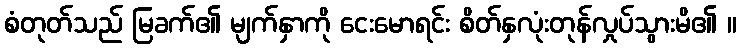
စံတုတ်သည် မြခက်၏ မျက်နှာကို ငေးမောရင်း စိတ်နှလုံးတုန်လှုပ်သွားမိ၏ ။